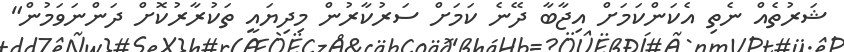
ޝަރުތެއް ނެތި އެކަންކަމަށް އިޖާބާ ދޭނެ ކަމަށް ސަރުކާރުން މިދިޔައީ ތަކުރާރުކޮށް ދަންނަވަމުން"